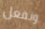
ونفعل